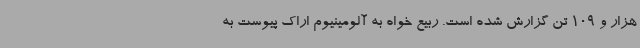
هزار و 109 تن گزارش شده است. ربیع خواه به آلومینیوم اراک پیوست به